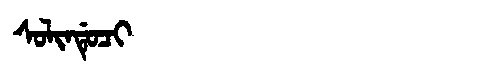
Manchu: ᠰᠣᠯᡳᠨᡩᡠᠴᡳ
Romanization: SOLINDUCI